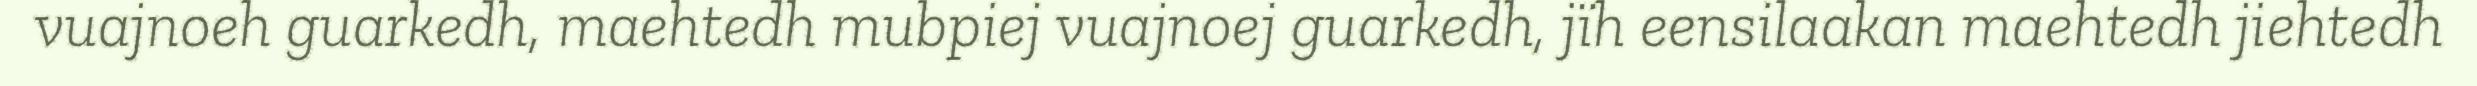
vuajnoeh guarkedh, maehtedh mubpiej vuajnoej guarkedh, jïh eensilaakan maehtedh jiehtedh